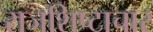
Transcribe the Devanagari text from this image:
राजशिष्टाचार